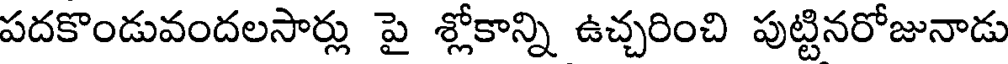
పదకొండువందలసార్లు పై శ్లోకాన్ని ఉచ్చరించి పుట్టినరోజునాడు